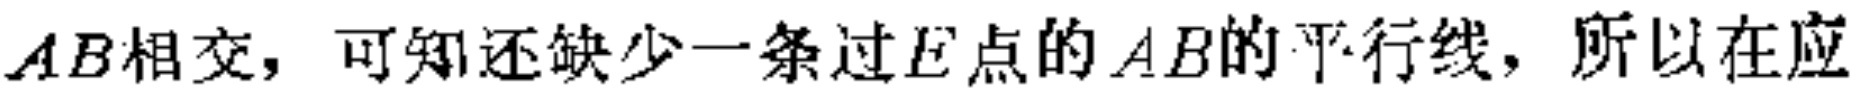
$AB相交，可知还缺少一条过E点的AB的平行线，所以在应$